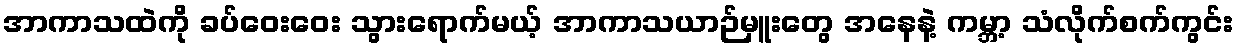
အာကာသထဲကို ခပ်ဝေးဝေး သွားရောက်မယ့် အာကာသယာဉ်မှူးတွေ အနေနဲ့ ကမ္ဘာ့ သံလိုက်စက်ကွင်း